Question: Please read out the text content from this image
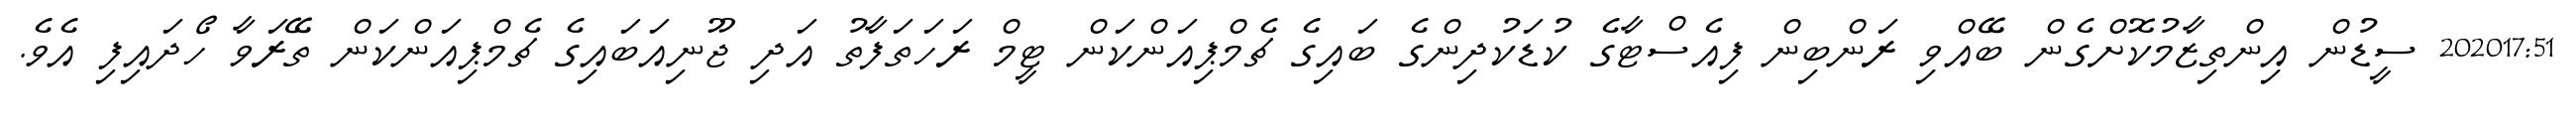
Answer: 202017:51 ސީޑުން އިންތިޒާމުކޮށްގެން ބޭއްވި ރަންބިން ފިއެސްޓާގެ ކުޑަކުދިންގެ ބައިގެ ޗެމްޕިއަންކަން ޓީމް ރަހަތަފާތު އަދި ޖޫނިއަބައިގެ ޗެމްޕިއަންކަން ތޭރަވާ ހޯދައިފި އެވެ.